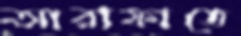
আরাফাতে